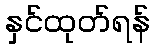
နှင်ထုတ်ရန်